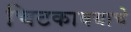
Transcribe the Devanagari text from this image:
चिटकावयाचे